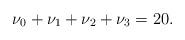
LaTeX: \begin{align*} \nu_0+\nu_1+\nu_2+\nu_3=20.\end{align*}